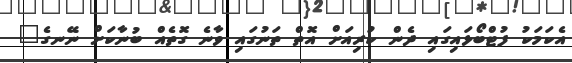
އެކަމަކު ފުޓްބޯޅައިގައި ދެން ކުރިއަށް އޮތް ތަނުގައި ވާނެ ގޮތެއް ބުނާކަށް ނޭނގެ"